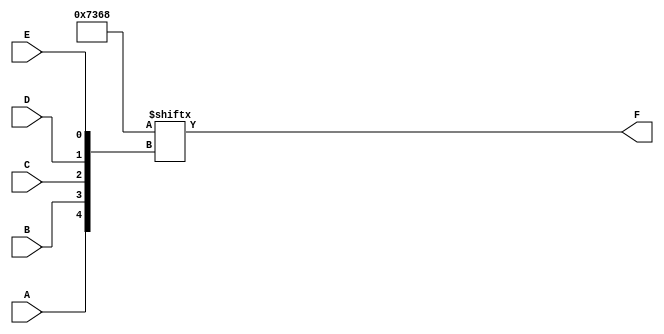
module five_variable_kmap (
    input wire A,  // Input variable A
    input wire B,  // Input variable B
    input wire C,  // Input variable C
    input wire D,  // Input variable D
    input wire E,  // Input variable E
    output wire F  // Output variable F
);

// K-map implementation
// Define the K-map values based on the desired logic function
// This is an example configuration; modify the values as needed.
wire [31:0] kmap;

// Example K-map values (32 bits for 5 variables)
assign kmap[0]  = 1'b0;  // 00000
assign kmap[1]  = 1'b0;  // 00001
assign kmap[2]  = 1'b0;  // 00010
assign kmap[3]  = 1'b1;  // 00011
assign kmap[4]  = 1'b0;  // 00100
assign kmap[5]  = 1'b1;  // 00101
assign kmap[6]  = 1'b1;  // 00110
assign kmap[7]  = 1'b0;  // 00111
assign kmap[8]  = 1'b1;  // 01000
assign kmap[9]  = 1'b1;  // 01001
assign kmap[10] = 1'b0;  // 01010
assign kmap[11] = 1'b0;  // 01011
assign kmap[12] = 1'b1;  // 01100
assign kmap[13] = 1'b1;  // 01101
assign kmap[14] = 1'b1;  // 01110
assign kmap[15] = 1'b0;  // 01111
assign kmap[16] = 1'b0;  // 10000
assign kmap[17] = 1'b0;  // 10001
assign kmap[18] = 1'b0;  // 10010
assign kmap[19] = 1'b0;  // 10011
assign kmap[20] = 1'b0;  // 10100
assign kmap[21] = 1'b0;  // 10101
assign kmap[22] = 1'b0;  // 10110
assign kmap[23] = 1'b0;  // 10111
assign kmap[24] = 1'b0;  // 11000
assign kmap[25] = 1'b0;  // 11001
assign kmap[26] = 1'b0;  // 11010
assign kmap[27] = 1'b0;  // 11011
assign kmap[28] = 1'b0;  // 11100
assign kmap[29] = 1'b0;  // 11101
assign kmap[30] = 1'b0;  // 11110
assign kmap[31] = 1'b0;  // 11111

// Calculate the output based on the K-map
assign F = kmap[{A, B, C, D, E}];

endmodule